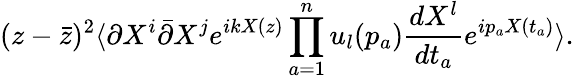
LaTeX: (z-\bar{z})^{2}\langle\partial X^{i}\bar{\partial}X^{j}e^{ikX(z)}\prod_{a=1}^{n}u_{l}(p_{a})\frac{dX^{l}}{dt_{a}}e^{ip_{a}X(t_{a})}\rangle.